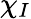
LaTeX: \chi_{I}